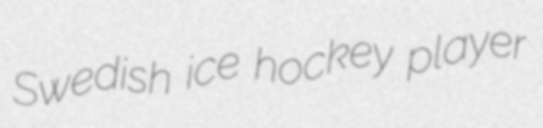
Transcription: Swedish ice hockey player